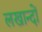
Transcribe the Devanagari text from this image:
लखान्दों